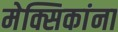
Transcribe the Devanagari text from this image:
मेक्सिकांना